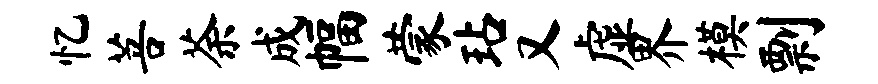
忆菩荼成幅蒙玷又虚界模剽